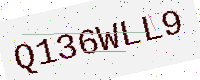
Text: Q136WLL9